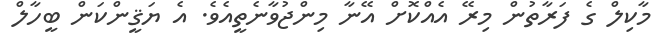
މާކިލް ގެ ފަރާތުން މިރޭ އެއްކޮށް އޭނާ މިންޖުވާނެތީއެވެ. އެ ޔަޤީންކަން ބީހާލް